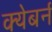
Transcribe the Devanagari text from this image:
क्येबर्न